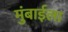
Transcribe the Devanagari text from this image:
मुंबाईला